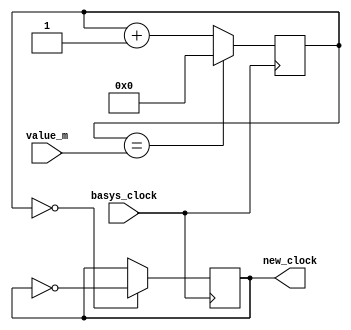
`timescale 1ns / 1ps
//////////////////////////////////////////////////////////////////////////////////
// Company: 
// Engineer: 
// 
// Design Name: 
// Module Name: clock_divider
// Project Name: 
// Target Devices: 
// Tool Versions: 
// Description: 
// 
// Dependencies: 
// 
// Revision:
// Revision 0.01 - File Created
// Additional Comments:
// 
//////////////////////////////////////////////////////////////////////////////////


module clock_divider(input basys_clock, input [31:0] value_m, output reg new_clock = 0);
    reg [31:0] count = 32'd0;
    
    always @ (posedge basys_clock)
    begin
        count <= (count == value_m) ? 0 : count + 1;
        new_clock <= (count == 0) ? ~new_clock :  new_clock;
    end
endmodule